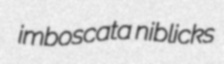
imboscata niblicks